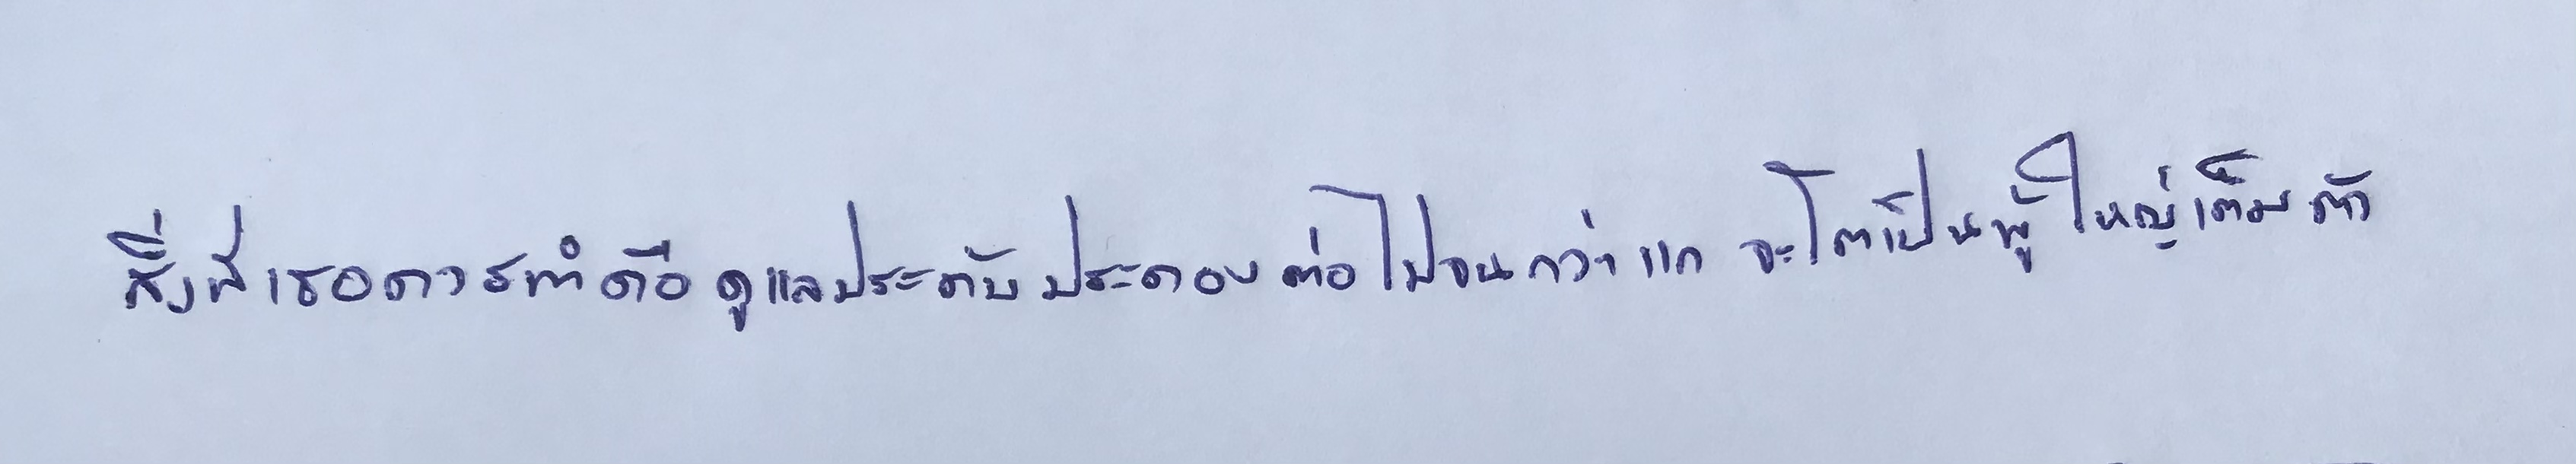
สิ่งที่เธอควรทำคือดูแลประคับประคองต่อไปจนกว่าแกจะโตเป็นผู้ใหญ่เต็มตัว